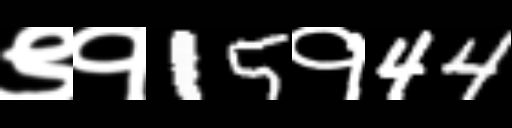
Text: ९१15१44